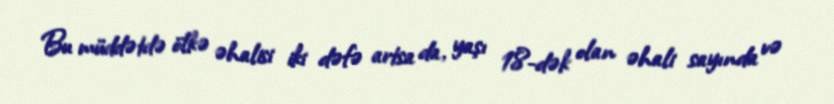
Bu müddətdə ölkə əhalisi iki dəfə artsa da, yaşı 18-dək olan əhali sayında və